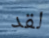
لقد